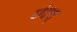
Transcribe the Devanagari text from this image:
छंदस्